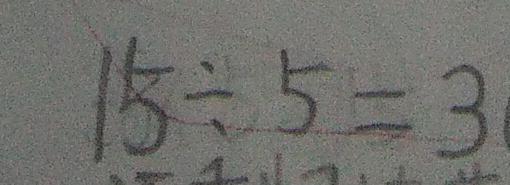
1 5 \div 5 = 3